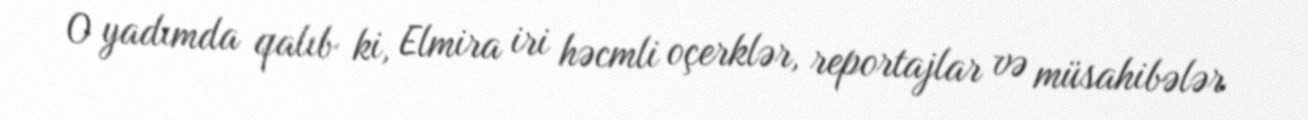
O yadımda qalıb ki, Elmira iri həcmli oçerklər, reportajlar və müsahibələr